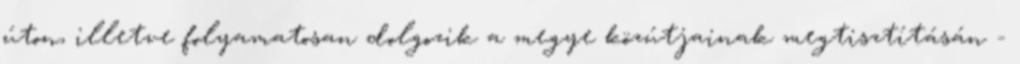
úton, illetve folyamatosan dolgozik a megye közútjainak megtisztításán -